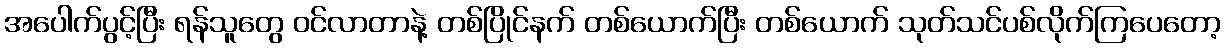
အပေါက်ပွင့်ပြီး ရန်သူတွေ ဝင်လာတာနဲ့ တစ်ပြိုင်နက် တစ်ယောက်ပြီး တစ်ယောက် သုတ်သင်ပစ်လိုက်ကြပေတော့